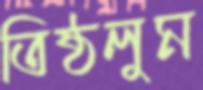
তিষ্ঠলুম